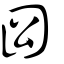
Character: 𡆾